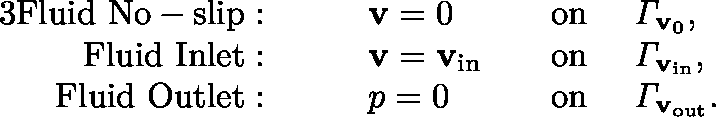
\begin{array} { r l r l } { { 3 } \mathrm { F l u i d ~ N o - s l i p : } } & { \qquad \mathbf { v } = 0 } & { \quad \mathrm { o n ~ } } & { \mathit { \Gamma } _ { \mathbf { v } _ { 0 } } , } \\ { \mathrm { F l u i d ~ I n l e t : } } & { \qquad \mathbf { v } = \mathbf { v } _ { \mathrm { i n } } } & { \quad \mathrm { o n ~ } } & { \mathit { \Gamma } _ { \mathbf { v } _ { \mathrm { i n } } } , } \\ { \mathrm { F l u i d ~ O u t l e t : } } & { \qquad p = 0 } & { \quad \mathrm { o n ~ } } & { \mathit { \Gamma } _ { \mathbf { v } _ { \mathrm { o u t } } } . } \end{array}